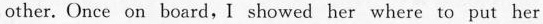
other. Once on board,I showed her where to put her